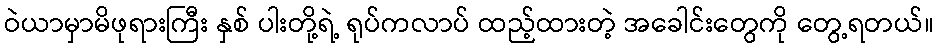
ဝဲယာမှာမိဖုရားကြီး နှစ် ပါးတို့ရဲ့ ရုပ်ကလာပ် ထည့်ထားတဲ့ အခေါင်းတွေကို တွေ့ရတယ်။